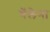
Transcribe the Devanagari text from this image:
गॅलेना